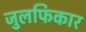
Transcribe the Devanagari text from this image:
जुलफिकार